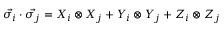
\Vec { \sigma _ { i } } \cdot \Vec { \sigma _ { j } } = X _ { i } \otimes X _ { j } + Y _ { i } \otimes Y _ { j } + Z _ { i } \otimes Z _ { j }